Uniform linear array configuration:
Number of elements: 32
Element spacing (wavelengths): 0.25
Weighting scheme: uniform
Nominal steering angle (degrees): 45
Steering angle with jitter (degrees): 44.377
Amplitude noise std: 0.05
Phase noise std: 0.05

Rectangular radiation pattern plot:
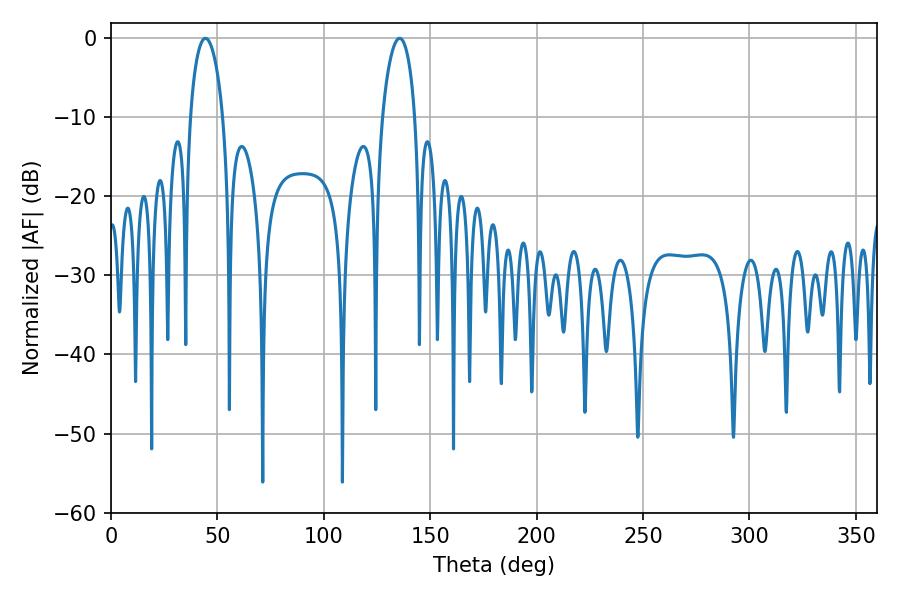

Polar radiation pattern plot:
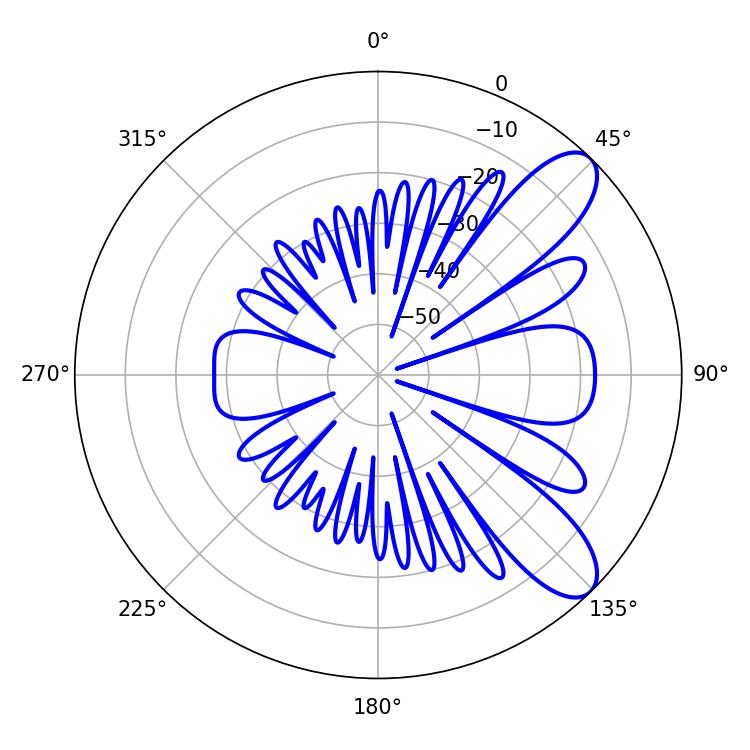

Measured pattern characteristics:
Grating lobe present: FALSE
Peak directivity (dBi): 9.115
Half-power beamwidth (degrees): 8.82
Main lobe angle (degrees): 44.46